Vaccination Hyderabad 1872-1889 - 1872-1889
Year: 1872
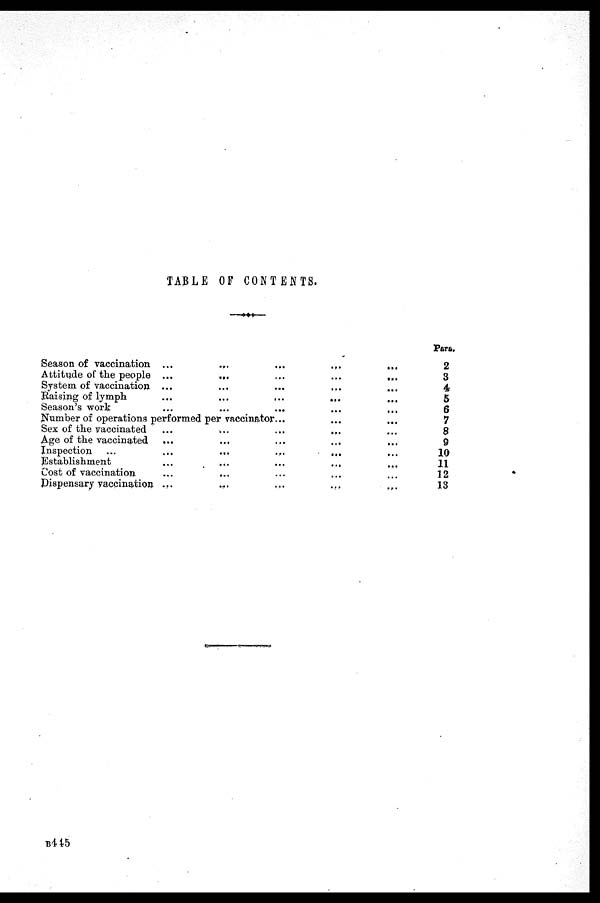
TABLE OF CONTENTS.
Season of vaccination ...
...
...
...
...
Attitude of the people ...
...
...
...
...
System of vaccination ...
...
...
... ...
Raising of lymph.
...
...
...
... ...
Season's work ... ... ... ... ...
Number of operations performed per vaccinator... ... ...
Sex of the vaccinated ...
...
...
... ...
Age of the vaccinated ...
...
...
...
... ...
Inspection ...
...
...
...
... ...
Establishment
...
...
...
... ...
Cost of vaccination ... ... ... ... ...
Dispensary
vaccination...
...
...
...
...
Para.
2
3
4
5
6
7
8
9
10
11
12
13
B445